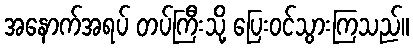
အနောက်အရပ် တပ်ကြီးသို့ ပြေးဝင်သွားကြသည်။